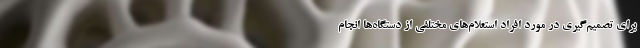
برای تصمیم‌گیری در مورد افراد استعلام‌های مختلفی از دستگاه‌ها انجام